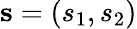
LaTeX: {{\mathbf s}}=(s_{1},s_{2})